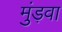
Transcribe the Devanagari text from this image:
मुंड़वा